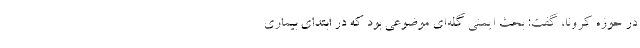
در حوزه کرونا، گفت: بحث ایمنی گله‌ای موضوعی بود که در ابتدای بیماری